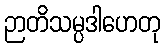
ဉာတိသမ္ပဒါဟေတု